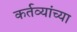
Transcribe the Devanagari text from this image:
कर्तव्यांच्या